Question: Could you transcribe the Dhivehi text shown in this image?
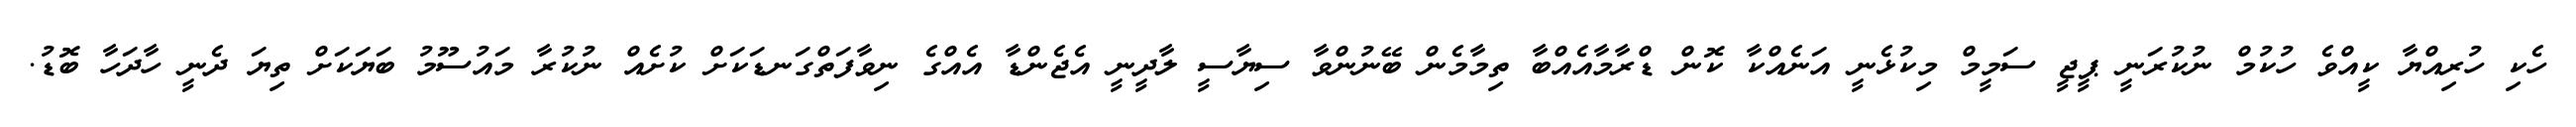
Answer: ހެކި ހުރިއްޔާ ކީއްވެ ހުކުމް ނުކުރަނީ ޕީޖީ ސަމީމް މިކުޅެނީ އަނެއްކާ ކޮން ޑްރާމާއެއްބާ ތިމާމެން ބޭނުންވާ ސިޔާސީ ލާދީނީ އެޖެންޑާ އެއްގެ ނިވާފަތްގަނޑަކަށް ކުށެއް ނުކުރާ މައުސޫމު ބަޔަކަށް ތިޔަ ދެނީ ހާދަހާ ބޮޑު.